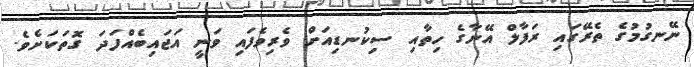
ނޭނގުމުގެ ތެރޭގައި ރަފާލް އޭނާގެ ހިތާއި ސިކުނޑިއަށް ވެރިވެފައި ވަނީ އަޖައިބެއްފަދަ ގޮތަކަށެވެ.